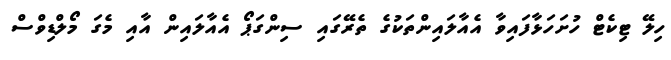
ހިލޭ ޓިކެޓް ހުށަހަޅާފައިވާ އެއާލައިންތަކުގެ ތެރޭގައި ސިންގަޕޯ އެއާލައިން އާއި މެގަ މޯލްޑިވްސް